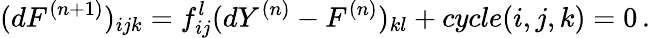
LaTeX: (dF^{(n+1)})_{ijk}=f_{ij}^{l}(dY^{(n)}-F^{(n)})_{kl}+cycle(i,j,k)=0\, .